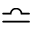
\bumpeq